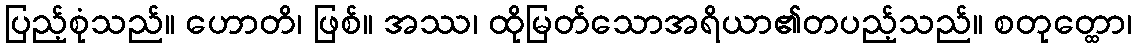
ပြည့်စုံသည်။ ဟောတိ၊ ဖြစ်။ အဿ၊ ထိုမြတ်သောအရိယာ၏တပည့်သည်။ စတုတ္ထော၊